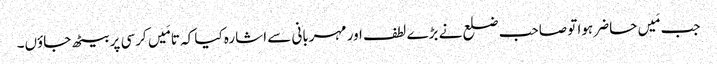
جب مَیں حاضر ہوا تو صاحب ضلع نے بڑے لطف اور مہربانی سے اشارہ کیا کہ تا مَیں کرسی پر بیٹھ جاؤں۔